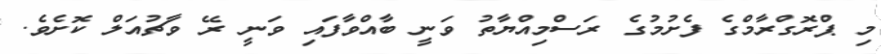
މި ޕްރޮގްރާމްގެ ފެށުމުގެ ރަސްމިއްޔާތު ވަނީ ބާއްވާފައި ވަނީ ރޭ ވާޗުއަލް ކޮށެވެ.